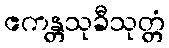
ဧကန္တသုခီသုတ္တံ